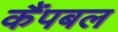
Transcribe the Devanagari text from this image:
कैंपबल